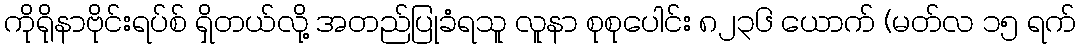
ကိုရိုနာဗိုင်းရပ်စ် ရှိတယ်လို့ အတည်ပြုခံရသူ လူနာ စုစုပေါင်း ၈၂၃၆ ယောက် (မတ်လ ၁၅ ရက်